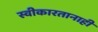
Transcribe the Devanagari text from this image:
स्वीकारतानाही